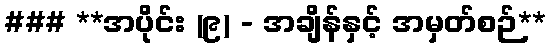
### **အပိုင်း (၉) - အချိန်နှင့် အမှတ်စဉ်**